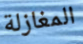
المغازلة